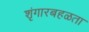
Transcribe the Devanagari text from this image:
शृंगारबहळता